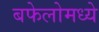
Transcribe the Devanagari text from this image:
बफेलोमध्ये